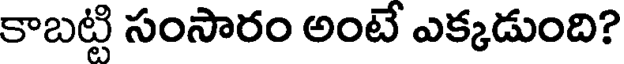
కాబట్టి సంసారం అంటే ఎక్కడుంది?